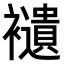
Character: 𧞸